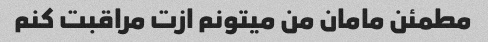
مطمئن مامان من میتونم ازت مراقبت کنم